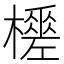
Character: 𣞚